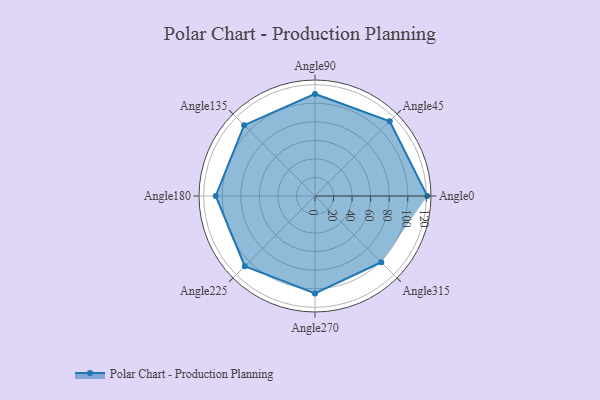
{"axis": {"x": "Angle", "y": "Radius"}, "legend": [""], "data": [{"x": "Angle0", "y": 121.0, "type": ""}, {"x": "Angle45", "y": 114.0, "type": ""}, {"x": "Angle90", "y": 110.0, "type": ""}, {"x": "Angle135", "y": 108.0, "type": ""}, {"x": "Angle180", "y": 107.0, "type": ""}, {"x": "Angle225", "y": 107.0, "type": ""}, {"x": "Angle270", "y": 105.0, "type": ""}, {"x": "Angle315", "y": 101.0, "type": ""}]}